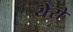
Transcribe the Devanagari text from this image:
येरो